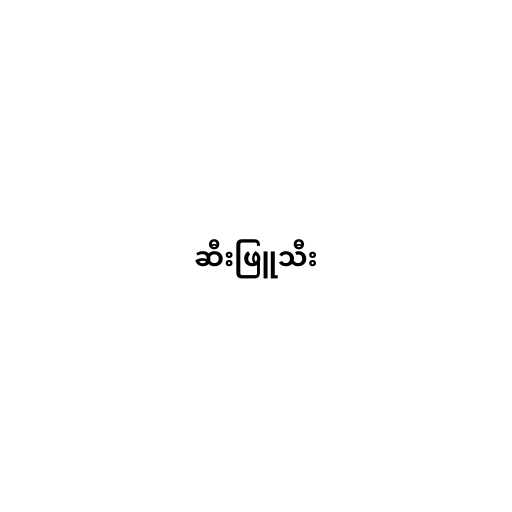
ဆီးဖြူသီး